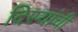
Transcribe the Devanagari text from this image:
दिस्यांची